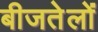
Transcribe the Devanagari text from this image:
बीजतेलों